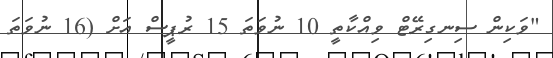
"ވަކިން ސިނގިރޭޓް ވިއްކާތީ 10 ނުވަތަ 15 ރުޕީސް އަށް (16 ނުވަތަ